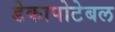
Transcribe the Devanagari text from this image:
डेकापोटेबल